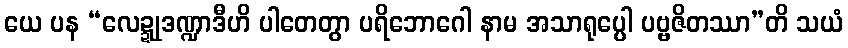
ယေ ပန “လေဍ္ဍုဒဏ္ဍာဒီဟိ ပါတေတွာ ပရိဘောဂေါ နာမ အသာရုပ္ပေါ ပဗ္ဗဇိတဿာ”တိ သယံ